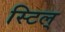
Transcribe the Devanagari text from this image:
स्टिल्